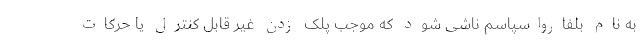
به نام بلفارواسپاسم ناشی شود که موجب پلک زدن غیر قابل کنترل یا حرکات